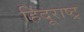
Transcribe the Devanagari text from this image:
हिंदूराष्ट्र